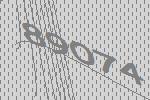
89074